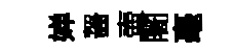
婵齧壷闍毫